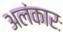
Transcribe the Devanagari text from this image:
अलंकारः